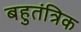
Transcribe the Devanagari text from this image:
बहुतंत्रिक